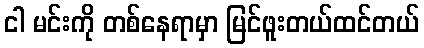
ငါ မင်းကို တစ်နေရာမှာ မြင်ဖူးတယ်ထင်တယ်